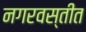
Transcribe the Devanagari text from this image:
नगरवस्तीत